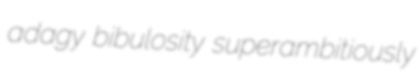
adagy bibulosity superambitiously